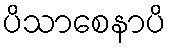
ပိသာစေနာပိ